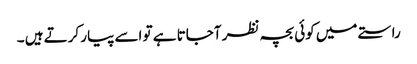
راستے میں کوئی بچہ نظر آجاتا ہے تو اسے پیار کرتے ہیں ۔